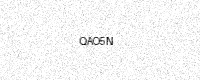
Text: QAO5N